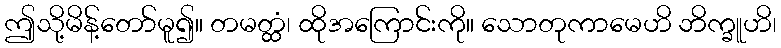
ဤသို့မိန့်တော်မူ၍။ တမတ္ထံ၊ ထိုအကြောင်းကို။ သောတုကာမေဟိ ဘိက္ခူဟိ၊